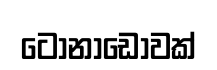
ටෝනාඩෝවක්